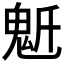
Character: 𩲔